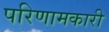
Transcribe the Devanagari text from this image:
परिणामकारी